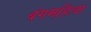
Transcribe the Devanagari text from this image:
बंगमहिला